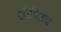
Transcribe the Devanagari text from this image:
शोषितच